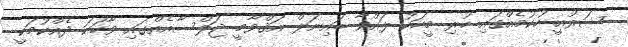
ޝަރުއީ ހުކުމެއްގައި ހުރި މީހަކު ލައްވާ ބައިނަލް އަޤްވާމީ ޖަލްސާއެއްގައި ވާހަކަ ދެއްކުމަކީ